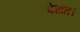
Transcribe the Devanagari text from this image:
देहांत।